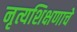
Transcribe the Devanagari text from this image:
नृत्यशिक्षणाचे